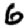
Digit: 6